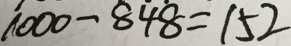
1 0 0 0 - 8 \dot { 4 } \dot { 8 } = 1 5 2